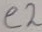
Text: e2